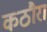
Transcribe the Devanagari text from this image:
कठौरा